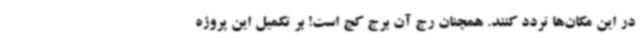
در این مکان‌ها تردد کنند. همچنان رج آن برج کج است! بر تکمیل این پروژه